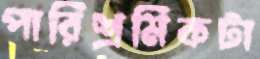
পারিশ্রমিকটা